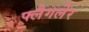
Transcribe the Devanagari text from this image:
फ्लैगलेर